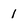
Character: 1